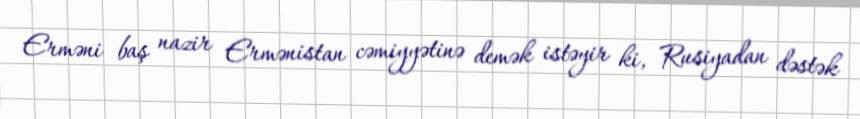
Erməni baş nazir Ermənistan cəmiyyətinə demək istəyir ki, Rusiyadan dəstək